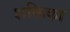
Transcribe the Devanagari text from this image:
शक्तिका